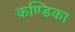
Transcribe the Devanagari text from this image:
कण्‍डिका